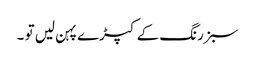
سبز رنگ کے کپڑے پہن لیں تو ۔